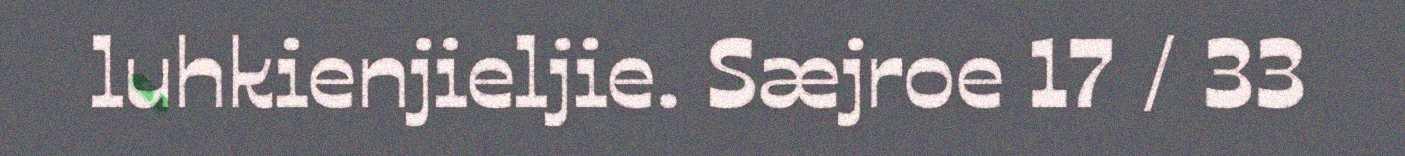
luhkienjieljie. Sæjroe 17 / 33